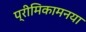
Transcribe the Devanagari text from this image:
प्रीमिकामनया